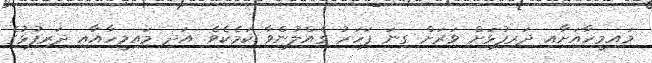
މައިމީހާއަށާއި ދަރިފުޅަށް ވަރަށް ގިނަ ފަހަރު ގެއްލުންވާ ކަމެކެވެ. އަދި މައިމީހާއާއި ދަރިފުޅުގެ